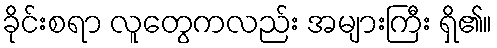
ခိုင်းစရာ လူတွေကလည်း အများကြီး ရှိ၏။